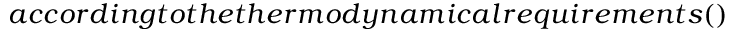
a c c o r d i n g t o t h e t h e r m o d y n a m i c a l r e q u i r e m e n t s ( )